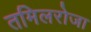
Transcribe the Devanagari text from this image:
तमिलरोजा